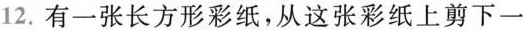
12.有一张长方形彩纸，从这张彩纸上剪下一